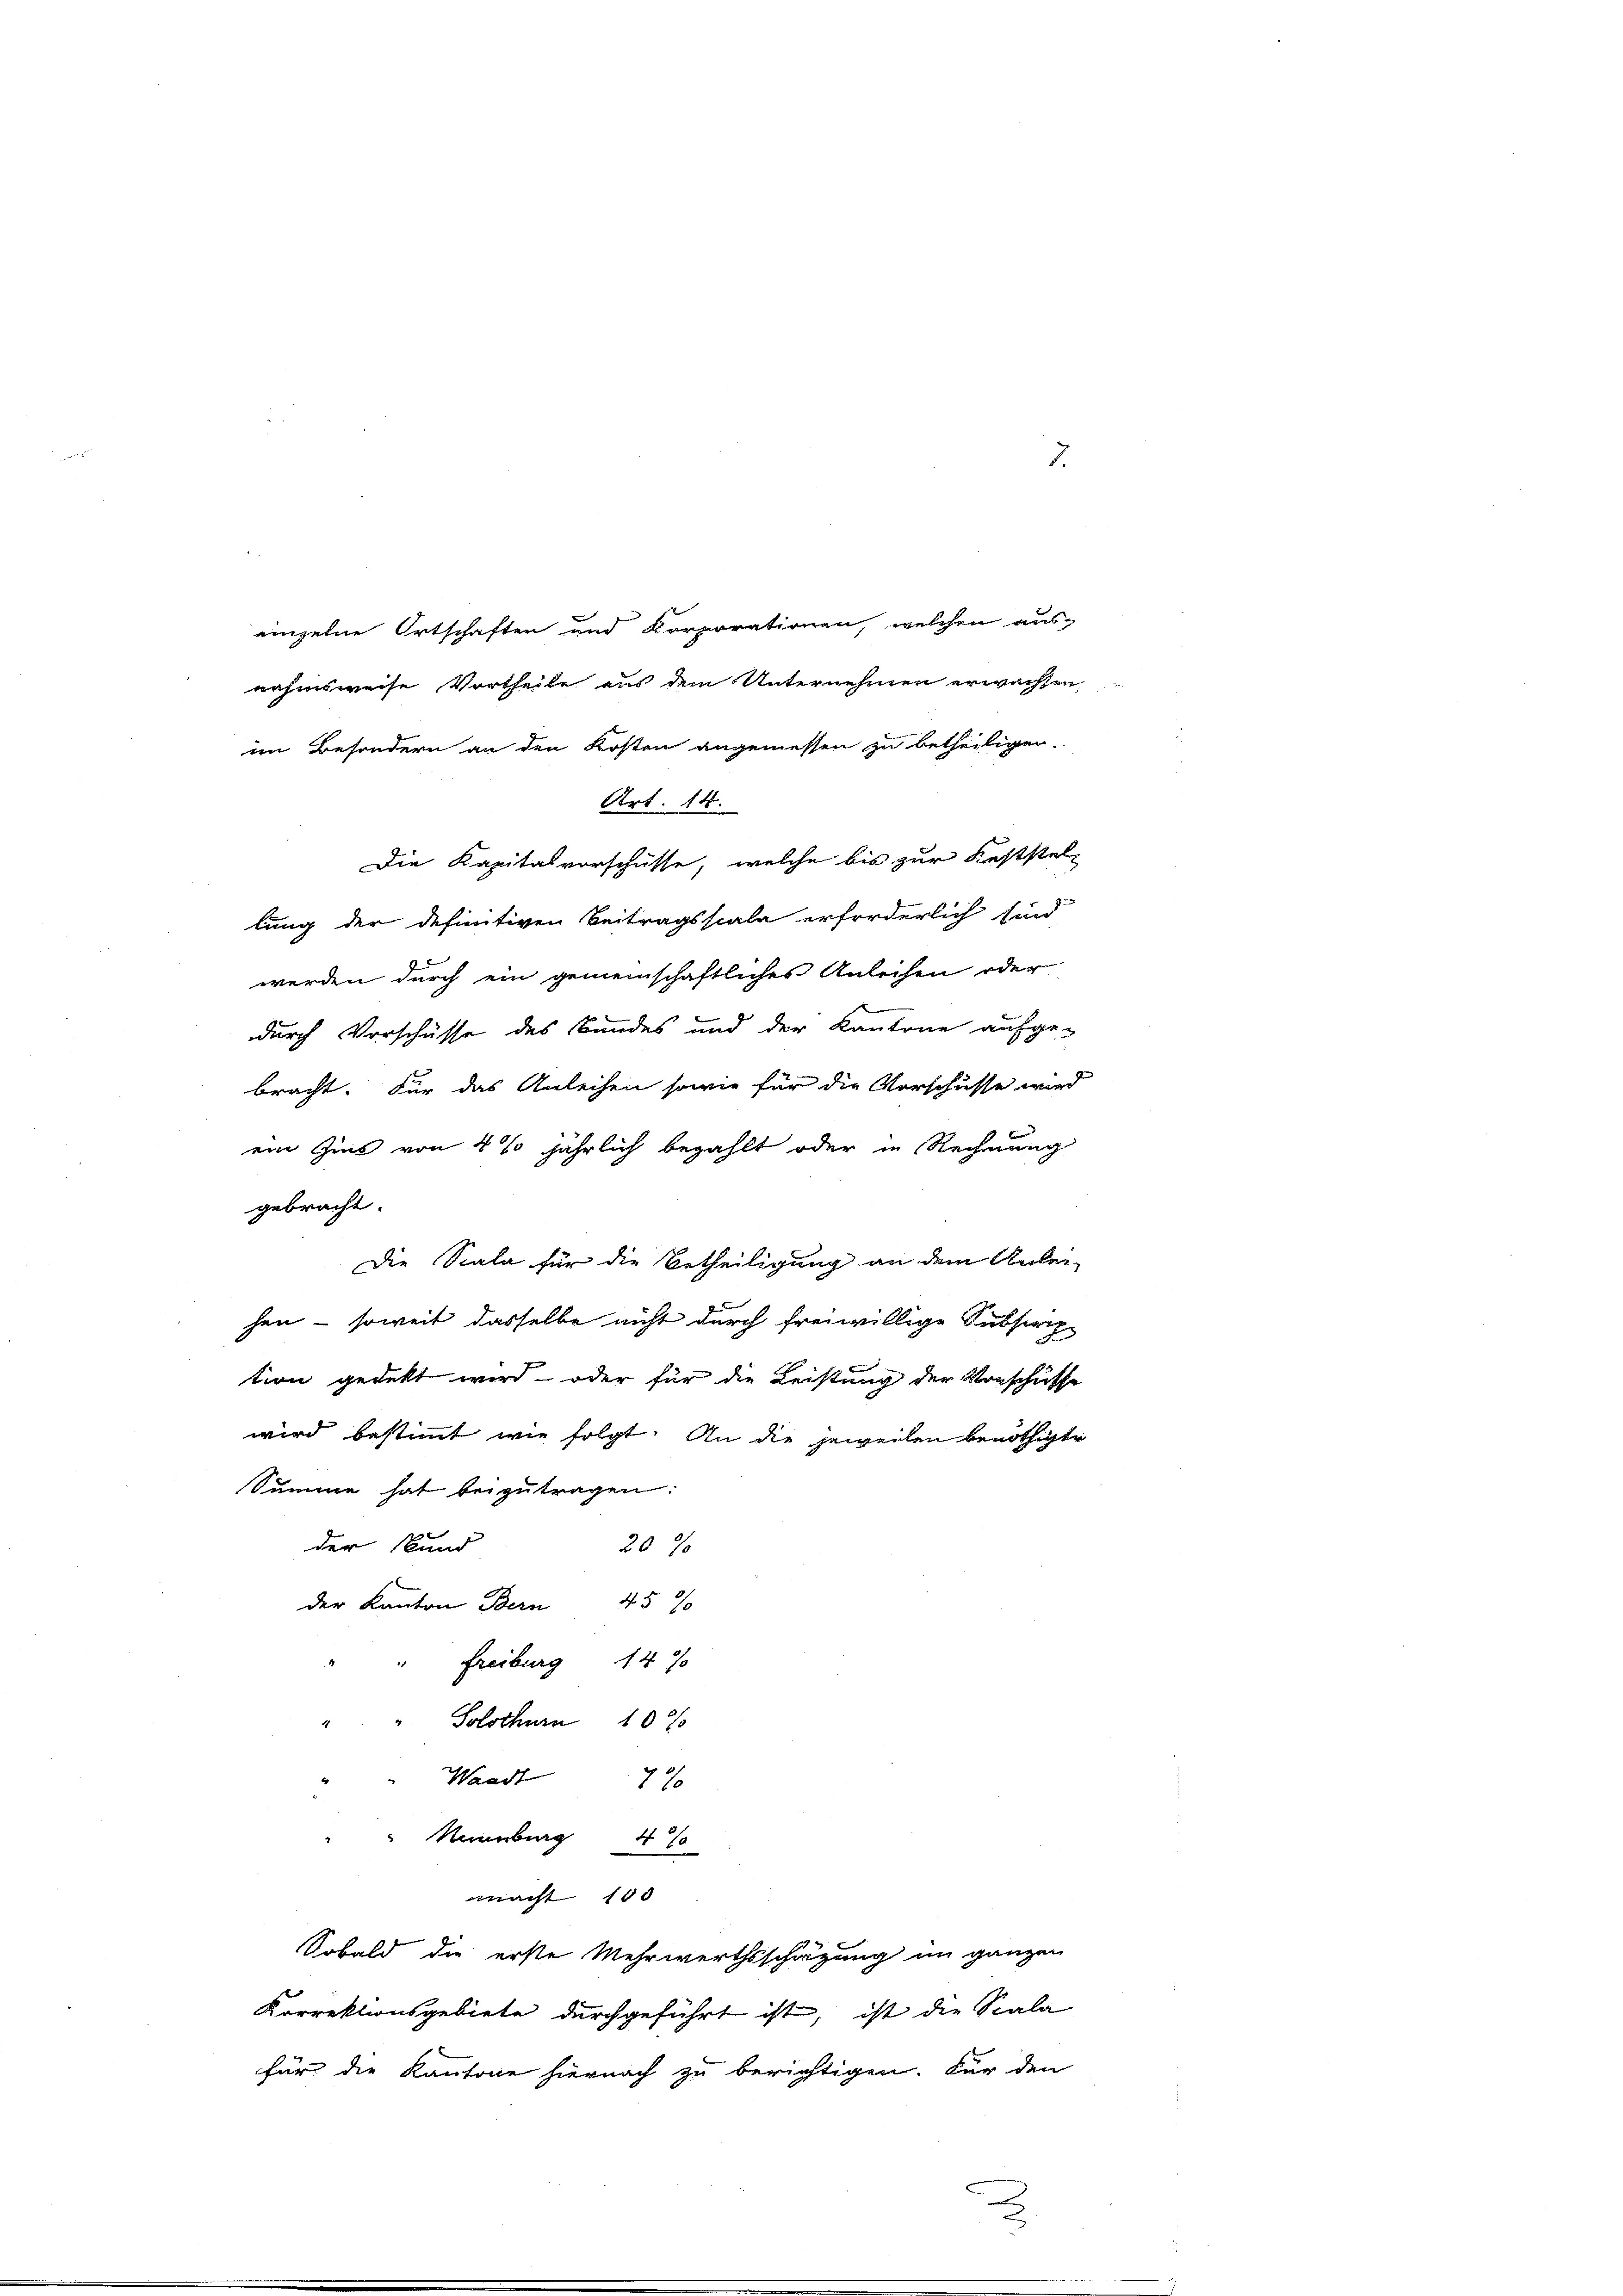
2

nahmsweise Vortheile aus dem Unternehmen erwachsen,
lung der definitiven Beitragsscala erforderlich sind
werden durch ein gemeinschaftliches Anleihen oder
durch Vorschüsse des Bundes und der Kantone aufge-
bracht. Für das Anleihen sowie für die Vorschusse wird
ein Zins von 4 % jährlich bezahlt oder in Rechnung
gebracht.
Die Scala für die Betheiligung an dem Anlei-
hen - soweit dasselbe nicht durch freiwillige Subsirch-
tion gedekt wird – oder für die Leistung der Vorschusse
wird bestimmt wie folgt. An die jeweilen benöthigte
Summe hat beizutragen:
der Bund
20 %
der Kanton Bern 45 %
Freiburg 147
Solothurn 10%
d
Waadt 170
Naumburg 4 %
macht 150
Sobald die erste Mehrwerthsschätzung im ganzen
Korrektionsgebiete durchgeführt ist, ist die Scala
für die Kantone hiernach zu berichtigen. Für den

einzelne Ortschaften und Korporationen, welchen aus-

im Besondern an den Kosten angemessen zu betheiligen.
Art. 14.
Die Kapitalvorschüsse, welche bis zur Feststel¬